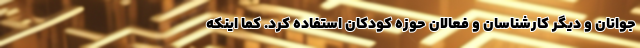
جوانان و ديگر كارشناسان و‌ فعالان حوزه كودكان استفاده كرد. كما اينكه